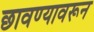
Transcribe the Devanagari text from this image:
छावण्यावरून